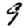
Digit: 9